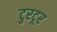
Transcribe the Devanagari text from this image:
टुरटूर